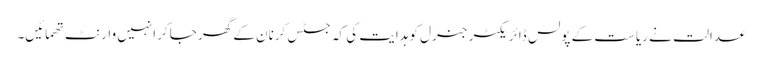
عدالت نے ریاست کے پولس ڈائریکٹر جنرل کو ہدایت کی کہ جسٹس کرنان کے گھر جاکر انہیں وارنٹ تھمائیں۔